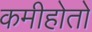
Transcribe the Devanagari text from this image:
कमीहोतो